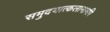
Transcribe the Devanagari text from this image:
समुदयात्कलानामपि